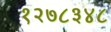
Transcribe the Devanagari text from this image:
१२७८३४८